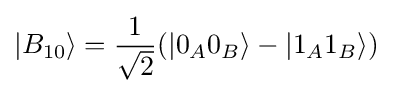
|B_{10}\rangle ={\frac {1}{\sqrt {2}}}(|0_{A}0_{B}\rangle -|1_{A}1_{B}\rangle )